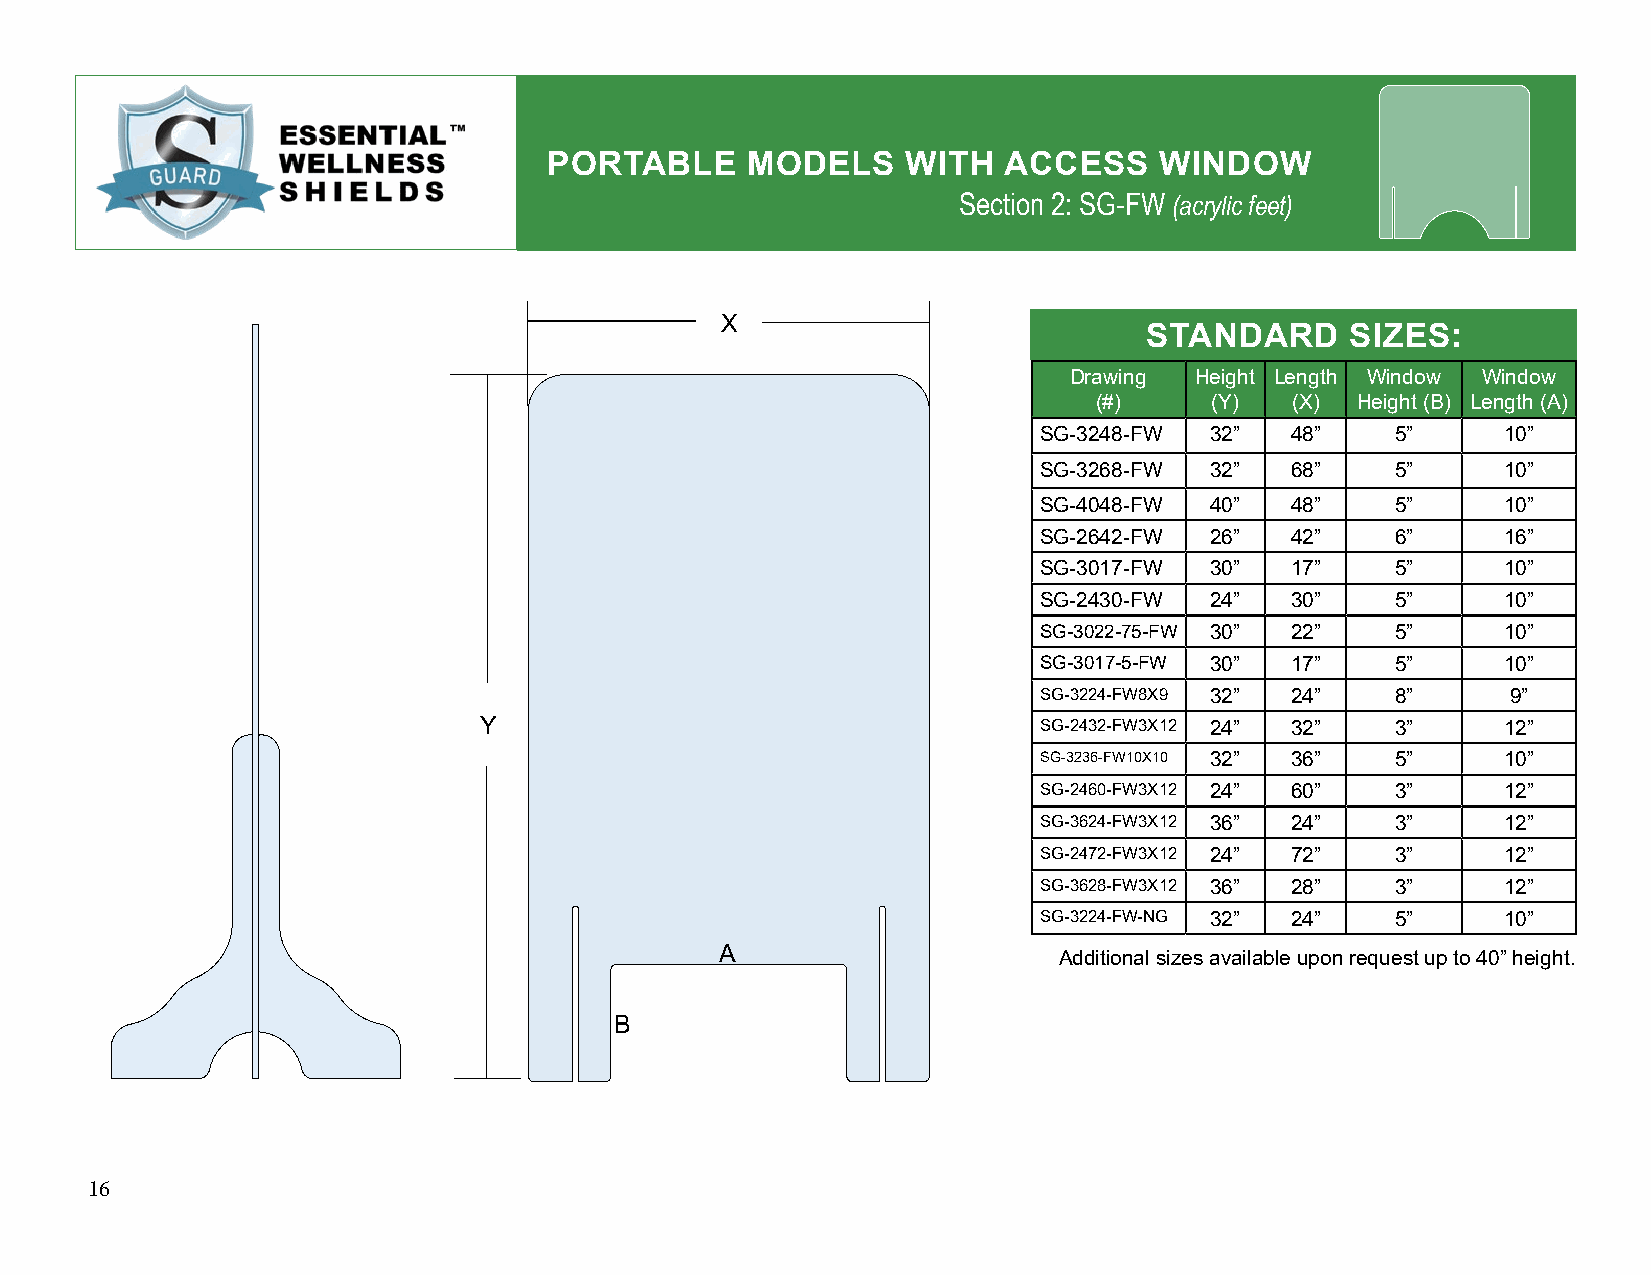
PORTABLE     MODELS     WITH  ACCESS     WINDOW
 Section 2: SG-FW (acrylic feet)  4"
 X
 STANDARD     SIZES:
 Drawing Height Length Window Window
 (#)    (Y)  (X)  Height (B) Length (A)
 SG-3248-FW 32”  48”    5”      10”
 SG-3268-FW 32”  68”    5”      10”
 SG-4048-FW 40”  48”    5”      10”
 SG-2642-FW 26”  42”    6”      16”
 SG-3017-FW 30”  17”    5”      10”
 SG-2430-FW 24”  30”    5”      10”
 SG-3022-75-FW 30” 22”  5”      10”
 SG-3017-5-FW 30” 17”   5”      10”
 SG-3224-FW8X9 32” 24”  8”      9”
 Y                                    SG-2432-FW3X12 24” 32” 3”      12”
 SG-3236-FW10X10 32” 36” 5”     10”
 SG-2460-FW3X12 24” 60” 3”      12”
 SG-3624-FW3X12 36” 24” 3”      12”
 SG-2472-FW3X12 24” 72” 3”      12”
 SG-3628-FW3X12 36” 28” 3”      12”
 SG-3224-FW-NG 32” 24”  5”      10”
 A                     Additional sizes available upon request up to 40” height.
 B
 16